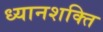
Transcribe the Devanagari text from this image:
ध्यानशक्ति